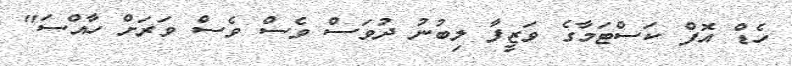
ހެޑް އޮފް ކަސްޓަމާގެ ވަޒީފާ ލިބުނު ދުވަސް ވެސް ވެސް ވަރަށް ހާއްސަ"